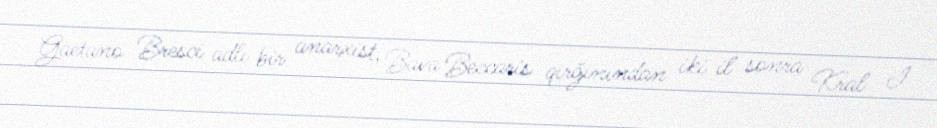
Gaetano Bresci adlı bir anarxist, Bava Beccaris qirğınından iki il sonra Kral I